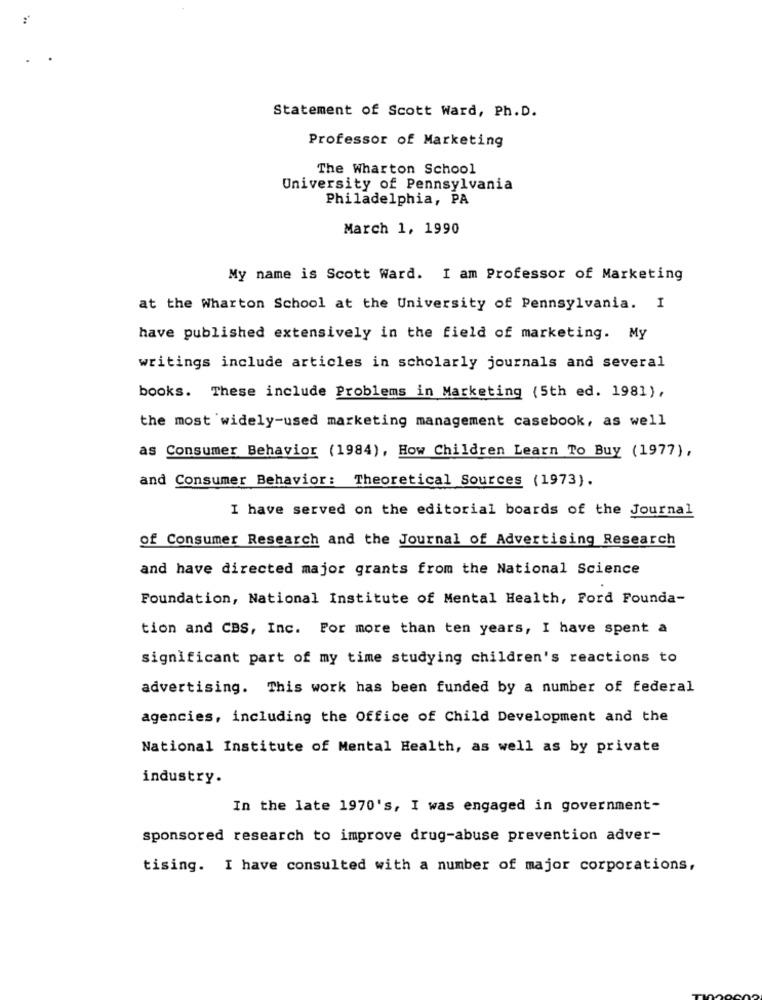
Statement of Scott Ward, Ph. D.
Professor of Marketing
The Wharton School
University of Pennsylvania
Philadelphia, PA
March 1, 1990
My name is Scott Ward. I am Professor of Marketing
at the Wharton School at the University of Pennsylvania. I
have published extensively in the field of marketing. My
writings include articles in scholarly journals and several
books. These include Problems in Marketing (5th ed. 1981),
the most widely-used marketing management casebook, as well
as Consumer Behavior (1984), How Children Learn To Buy (1977),
and Consumer Behavior: Theoretical Sources (1973).
I have served on the editorial boards of the Journal
of Consumer Research and the Journal of Advertising Research
and have directed major grants from the National Science
Foundation, National Institute of Mental Health, Ford Founda-
tion and CBS, Inc. For more than ten years, I have spent a
significant part of my time studying children's reactions to
advertising. This work has been funded by a number of federal
agencies, including the Office of Child Development and the
National Institute of Mental Health, as well as by private
industry.
In the late 1970's, I was engaged in government-
sponsored research to improve drug-abuse prevention adver-
tising. I have consulted with a number of major corporations,